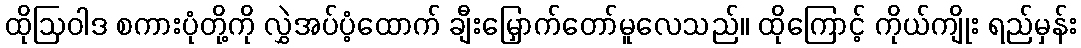
ထိုဩဝါဒ စကားပုံတို့ကို လွှဲအပ်ပံ့ထောက် ချီးမြှောက်တော်မူလေသည်။ ထိုကြောင့် ကိုယ်ကျိုး ရည်မှန်း